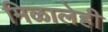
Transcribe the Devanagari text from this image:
मिळालेही